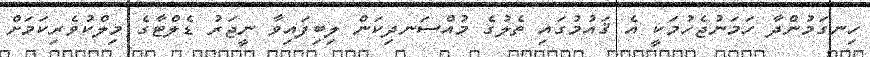
ހިނގަމުންދާ ހަމަނުޖެހުމަކީ އެ ޤައުމުގައި ތެލުގެ މުއްސަނދިކަން ލިބިފައިވާ ނީޖަރު ޑެލްޓާގެ މިލްކުވެރިކަމަށް